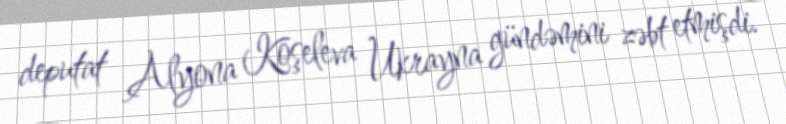
deputat Alyona Koşeleva Ukrayna gündəmini zəbt etmişdi.